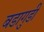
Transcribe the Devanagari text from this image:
बडागुडी